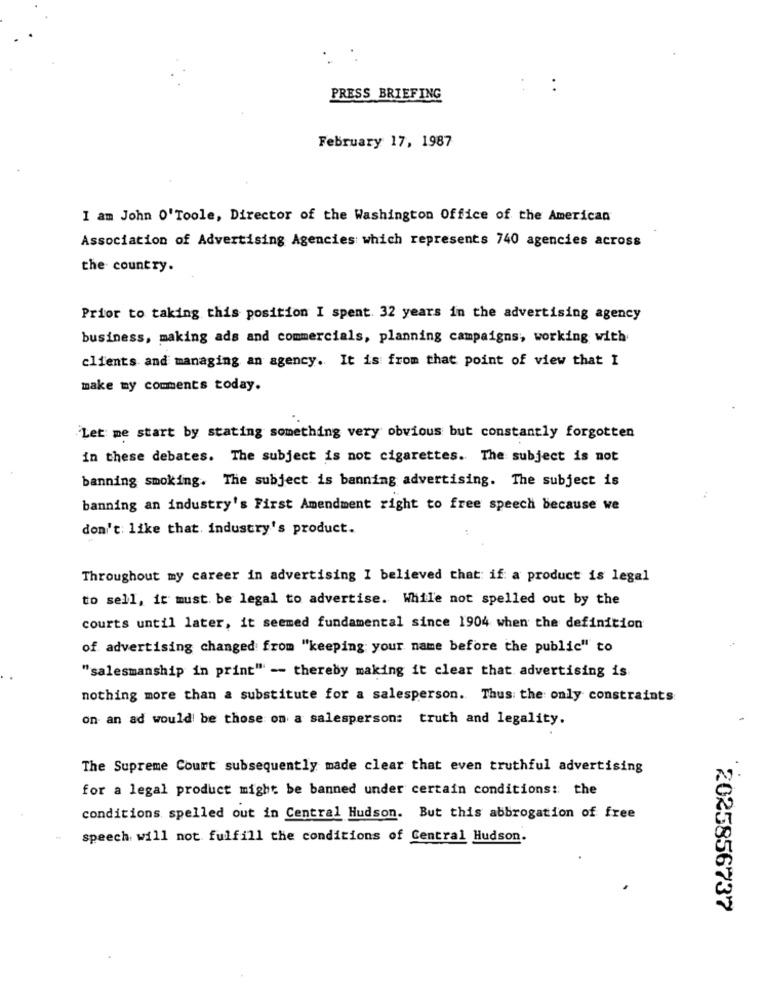
. .
PRESS BRIEFING
February 17, 1987
I am John O'Toole, Director of the Washington Office of the American
Association of Advertising Agencies which represents 740 agencies across
the country.
Prior to taking this position I spent. 32 years in the advertising agency
business, making ads and commercials, planning campaigns, working with
clients and managing an agency. It is from that point of view that I
make my comments today.
Let me start by stating something very obvious but constantly forgotten
in these debates. The subject is not cigarettes. The subject is not
banning smoking. The subject is banning advertising. The subject is
banning an industry's First Amendment right to free speech because we
don't like that. industry's product.
Throughout my career in advertising I believed that: if: a product is legal
to sell, it must be legal to advertise. While not spelled out by the
courts until later, it seemed fundamental since 1904 when the definition
of advertising changed from "keeping your name before the public" to
"salesmanship in print" -- thereby making it clear that advertising is
nothing more than a substitute for a salesperson. Thus the only constraints
on an ad would be those on a salesperson: truth and legality.
The Supreme Court subsequently made clear that even truthful advertising
for a legal product might be banned under certain conditions: the
conditions spelled out in Central Hudson. But this abbrogation of free
speech will not fulfill the conditions of Central Hudson.
2025856737